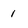
Character: 1